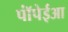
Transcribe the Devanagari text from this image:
पॉंपेईआ